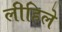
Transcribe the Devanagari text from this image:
लीहिले